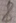
Text: 8